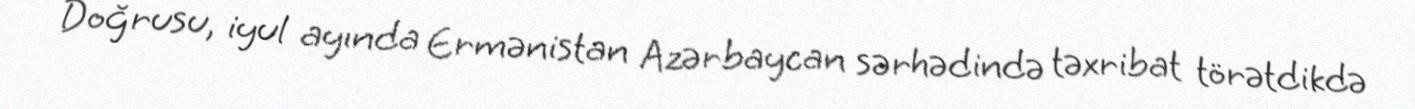
Doğrusu, iyul ayında Ermənistan Azərbaycan sərhədində təxribat törətdikdə